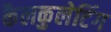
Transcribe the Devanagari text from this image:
कैलकुलेटिंग